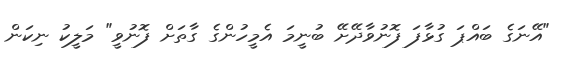
"އޭނަގެ ބައްޕަ ގުޅާފަ ފޮނުވާދޭށޭ ބުނީމަ އެމީހުންގެ ގާތަށް ފޮނުވީ" މަލީކު ނިކަން